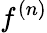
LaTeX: f^{(n)}